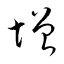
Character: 增